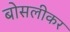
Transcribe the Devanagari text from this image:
बोसलीकर